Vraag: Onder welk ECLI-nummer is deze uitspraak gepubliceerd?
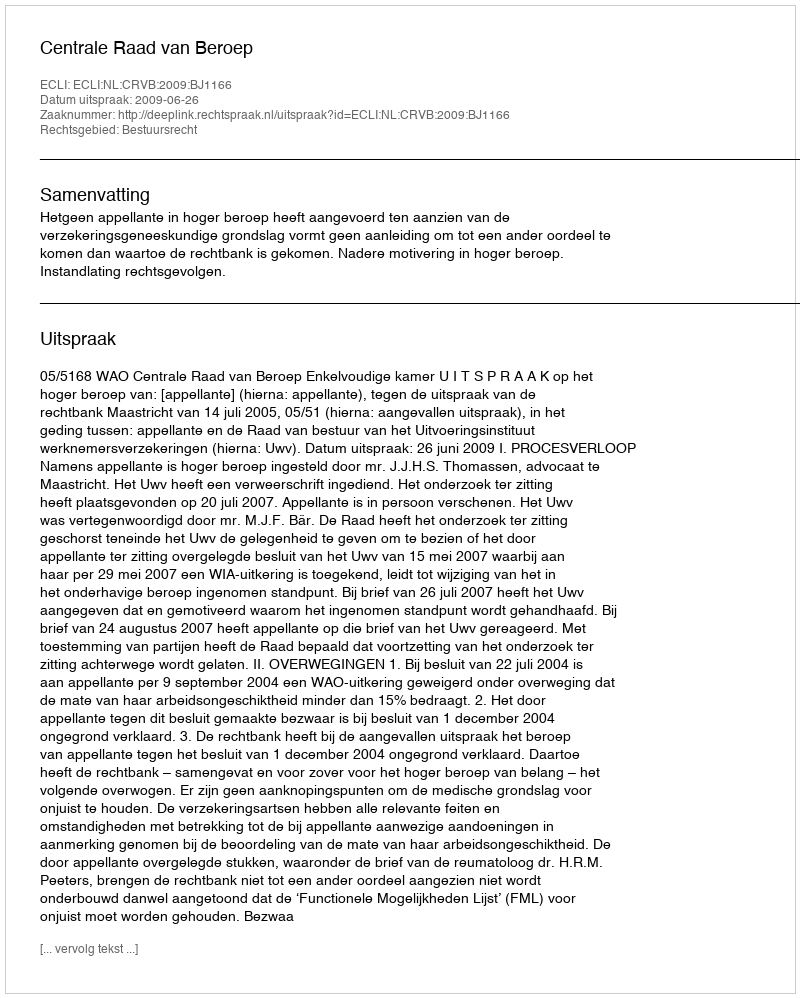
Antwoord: ECLI:NL:CRVB:2009:BJ1166